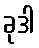
ခုဒါ